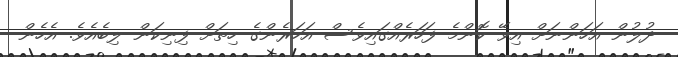
ދުލުން އަހަންނަށް އިވޭ ކޮންމެ ފަހަރެއްގައިވެސް އަހަރެންގެ ހިތަށް ފިނިކަން ލިބެއެވެ. އެހެން